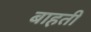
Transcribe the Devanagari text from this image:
बाहती